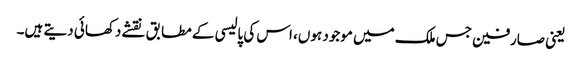
یعنی صارفین جس ملک میں موجود ہوں، اس کی پالیسی کے مطابق نقشے دکھائی دیتے ہیں۔